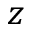
z